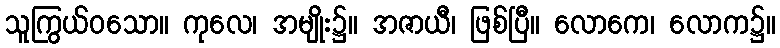
သူကြွယ်ဝသော။ ကုလေ၊ အမျိုး၌။ အဇာယီ၊ ဖြစ်ပြီ။ လောကေ၊ လောက၌။